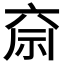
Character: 𮁶